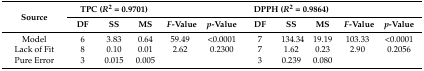
<table><thead><tr><td rowspan="2"><b>Source</b></td><td colspan="3"><b>TPC (<i>R</i><sup>2</sup> = 0.9701)</b></td><td></td><td></td><td colspan="3"><b>DPPH (<i>R</i><sup>2</sup> = 0.9864)</b></td><td></td><td></td></tr><tr><td><b>DF</b></td><td><b>SS</b></td><td><b>MS</b></td><td><b><i>F</i>-Value</b></td><td><b><i>p</i>-Value</b></td><td><b>DF</b></td><td><b>SS</b></td><td><b>MS</b></td><td><b><i>F</i>-Value</b></td><td><b><i>p</i>-Value</b></td></tr></thead><tbody><tr><td>Model</td><td>6</td><td>3.83</td><td>0.64</td><td>59.49</td><td>&lt;0.0001</td><td>7</td><td>134.34</td><td>19.19</td><td>103.33</td><td>&lt;0.0001</td></tr><tr><td>Lack of Fit</td><td>8</td><td>0.10</td><td>0.01</td><td>2.62</td><td>0.2300</td><td>7</td><td>1.62</td><td>0.23</td><td>2.90</td><td>0.2056</td></tr><tr><td>Pure Error</td><td>3</td><td>0.015</td><td>0.005</td><td></td><td></td><td>3</td><td>0.239</td><td>0.080</td><td></td><td></td></tr></tbody></table>